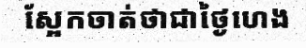
ស្អែកចាត់ថាជាថ្ងៃហេង